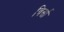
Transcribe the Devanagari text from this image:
विर्सा